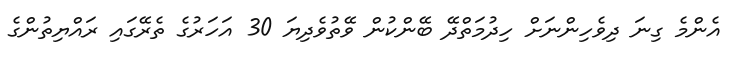
އެންމެ ގިނަ ދިވެހިންނަށް ހިދުމަތްދޭ ބޭންކުން ވޭތުވެދިޔަ 30 އަހަރުގެ ތެރޭގައި ރައްޔިތުންގެ